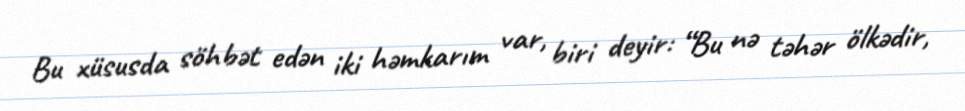
Bu xüsusda söhbət edən iki həmkarım var, biri deyir: “Bu nə təhər ölkədir,